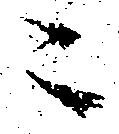
ニ